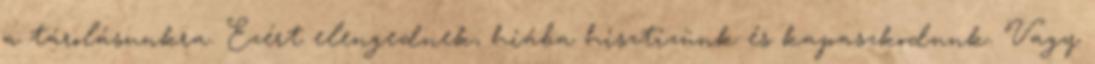
a tárolásunkra. Ezért elengednek, hiába hisztizünk és kapaszkodunk. Vagy